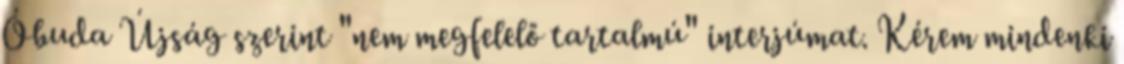
Óbuda Újság szerint "nem megfelelő tartalmú" interjúmat. Kérem mindenki